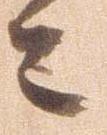
々